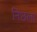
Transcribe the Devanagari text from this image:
निछला